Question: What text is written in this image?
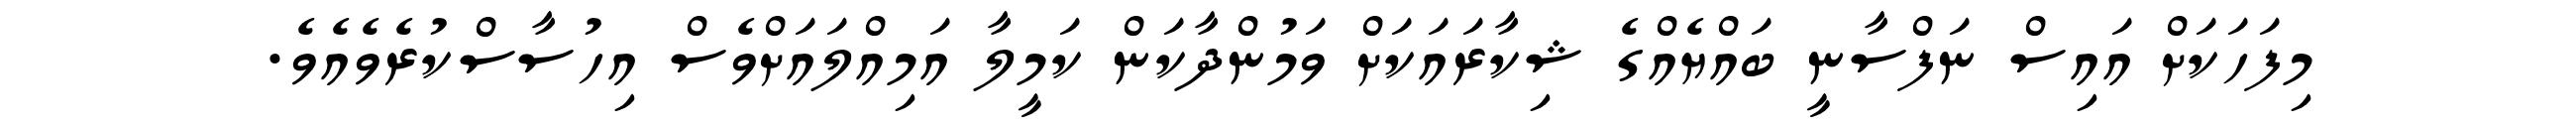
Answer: މިފަހަކަށް އައިސް ނަފްސާނީ ބައްޔެއްގެ ޝިކާރައަކަށް ވަމުންދާކަން ކަމީލާ އަމިއްލައަށްވެސް އިހުސާސްކުރެވެއެވެ.